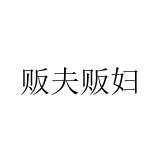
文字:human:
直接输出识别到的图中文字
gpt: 贩夫贩妇